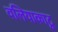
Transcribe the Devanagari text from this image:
वलियाकाटू